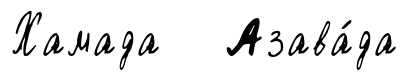
Хамада Азава́да